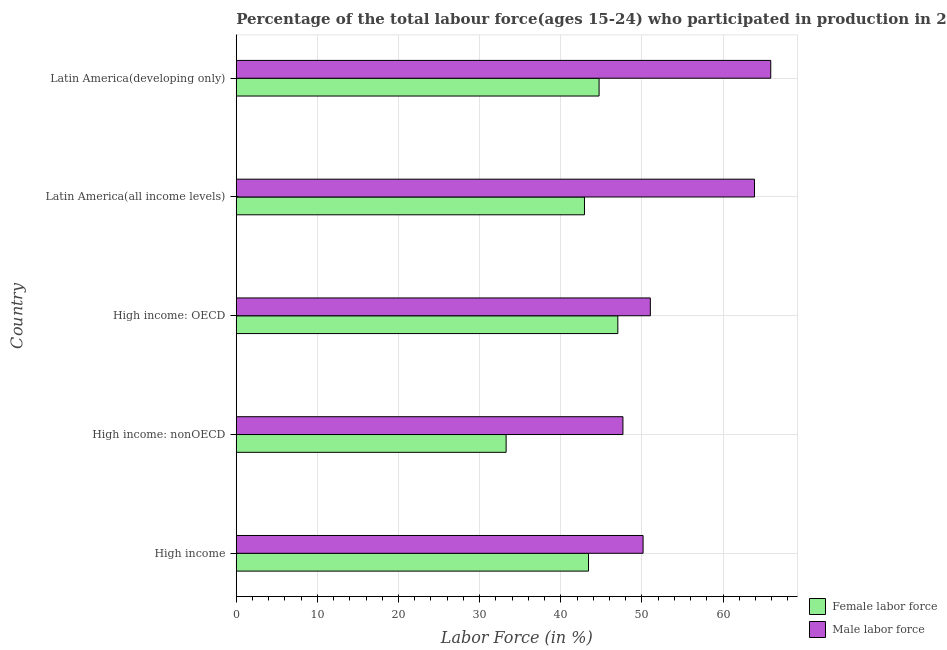
| Country | Female labor force | Male labor force |
 | --- | --- | --- |
 | High income | 43.4 | 50.1 |
 | High income: nonOECD | 33.3 | 47.7 |
 | High income: OECD | 47 | 51 |
 | Latin America(all income levels) | 42.9 | 63.9 |
 | Latin America(developing only) | 44.7 | 65.9 |